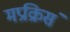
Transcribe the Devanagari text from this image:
मप्रक्रिसं